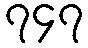
၇၄၇